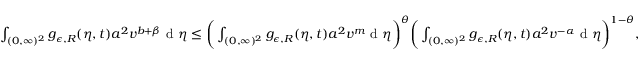
\begin{array} { r } { \int _ { ( 0 , \infty ) ^ { 2 } } g _ { \epsilon , R } ( \eta , t ) a ^ { 2 } v ^ { b + \beta } \textup { d } \eta \leq \bigg ( \int _ { ( 0 , \infty ) ^ { 2 } } g _ { \epsilon , R } ( \eta , t ) a ^ { 2 } v ^ { m } \textup { d } \eta \bigg ) ^ { \theta } \bigg ( \int _ { ( 0 , \infty ) ^ { 2 } } g _ { \epsilon , R } ( \eta , t ) a ^ { 2 } v ^ { - \alpha } \textup { d } \eta \bigg ) ^ { 1 - \theta } , } \end{array}